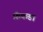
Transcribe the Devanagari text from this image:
फ़ॅकडा